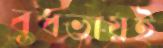
বুধভায়ই